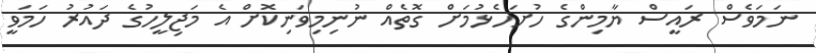
ނަމަވެސް ރައީސް ޔާމިންގެ ހުށަހެޅުމަށް ގޮތެއް ނުނިމިވަނިކޮށް އެ މަޖިލީހުގެ ދައުރު ހަމަވީ